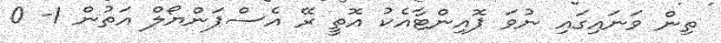
ތިން ވަނައިގައި ނުވަ ޕޮއިންޓާއެކު އޮތީ ރޭ އެސްޕަންޔޯލް އަތުން 1- 0